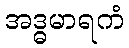
အဒ္ဓမာရကံ